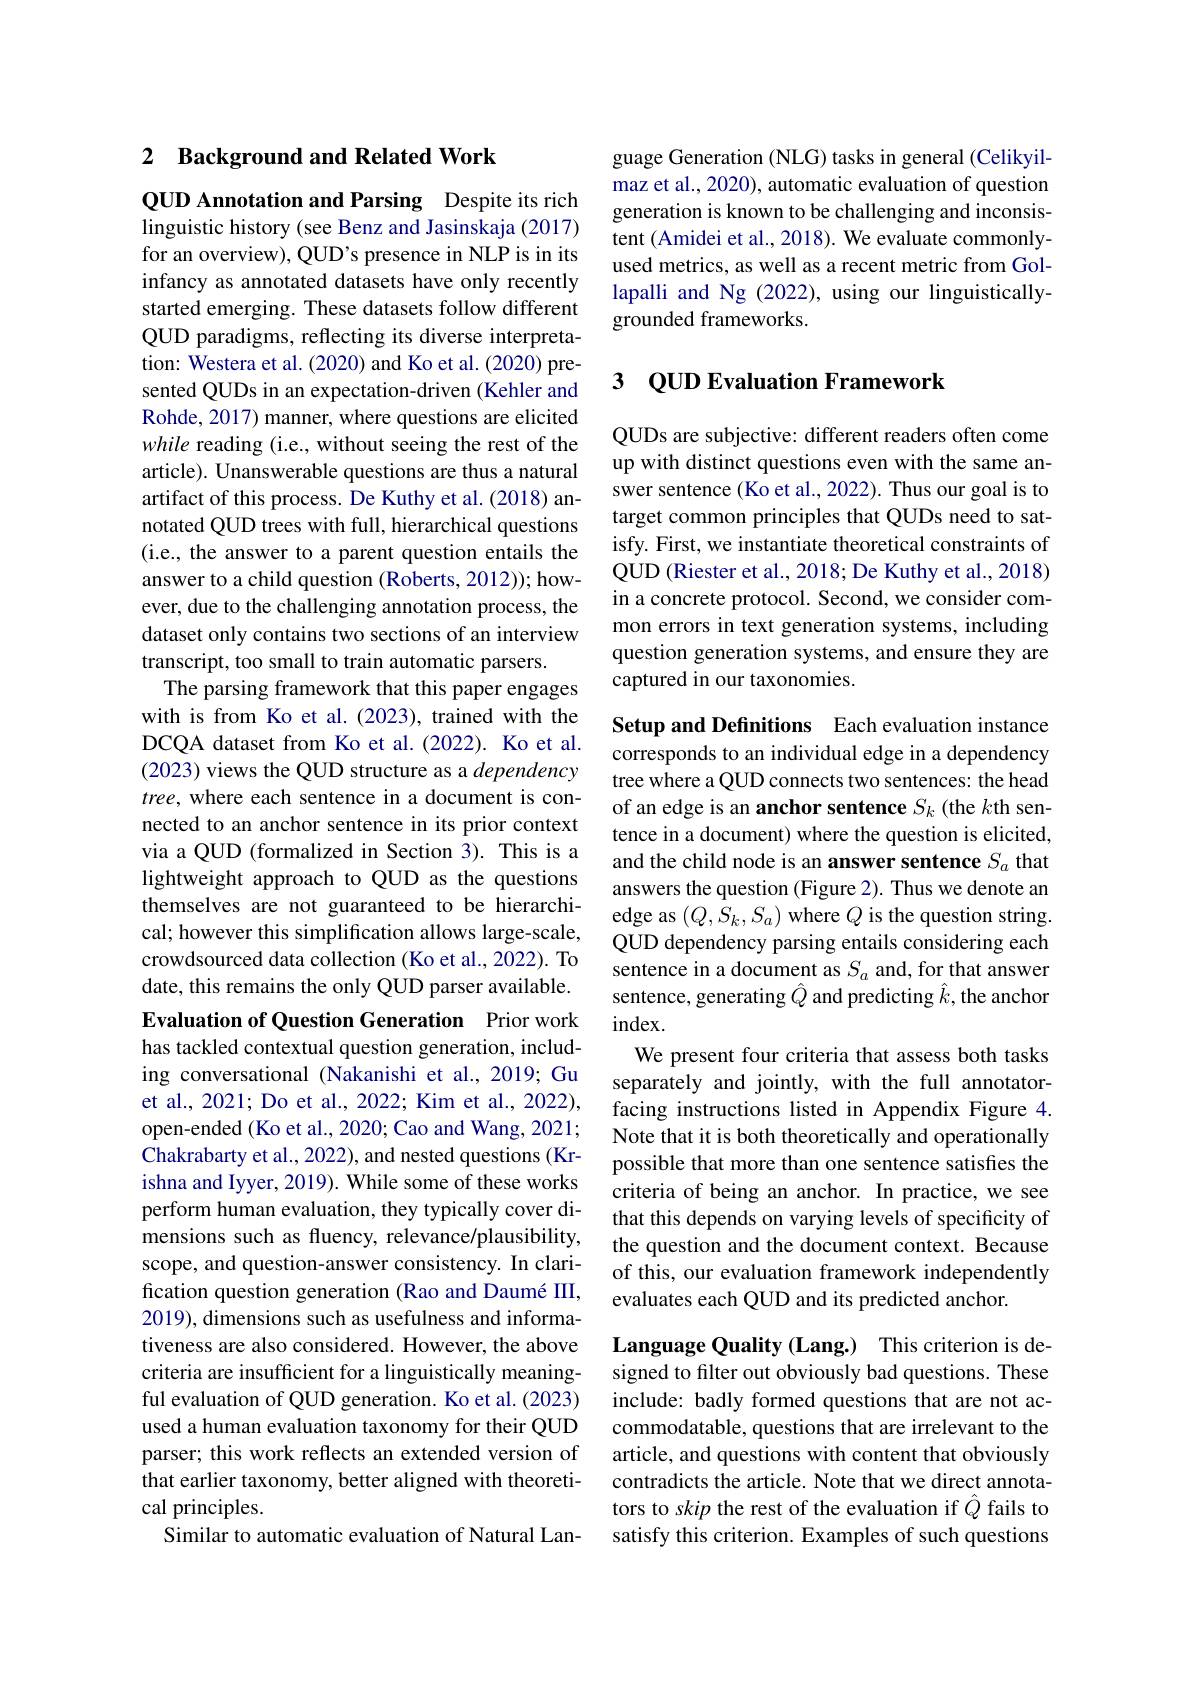
# 2 Background and Related Work

QUD Annotation and Parsing Despite its rich linguistic history (see Benz and Jasinskaja (2017) for an overview), QUD's presence in NLP is in its infancy as annotated datasets have only recently started emerging. These datasets follow different QUD paradigms, reflecting its diverse interpretation: Westera et al. (2020) and Ko et al. (2020) presented QUDs in an expectation-driven (Kehler and Rohde, 2017) manner, where questions are elicited while reading (i.e., without seeing the rest of the article). Unanswerable questions are thus a natural artifact of this process. De Kuthy et al. (2018) annotated QUD trees with full, hierarchical questions (i.e., the answer to a parent question entails the answer to a child question (Roberts, 2012)); however, due to the challenging annotation process, the dataset only contains two sections of an interview transcript, too small to train automatic parsers.
The parsing framework that this paper engages with is from Ko et al. (2023), trained with the DCQA dataset from Ko et al.(2022). Ko et al. (2023) views the QUD structure as a dependency tree, where each sentence in a document is connected to an anchor sentence in its prior context via a QUD (formalized in Section 3). This is a lightweight approach to QUD as the questions themselves are not guaranteed to be hierarchical; however this simplification allows large-scale, crowdsourced data collection (Ko et al., 2022). To date, this remains the only QUD parser available. Evaluation of Question Generation Prior work has tackled contextual question generation, including conversational (Nakanishi et al., 2019; Gu

et al., 2021; Do et al., 2022; Kim et al., 2022), open-ended (Ko et al., 2020; Cao and Wang, 2021; Chakrabarty et al., 2022), and nested questions (Krishna and Iyyer, 2019). While some of these works perform human evaluation, they typically cover dimensions such as fluency, relevance/plausibility, scope, and question-answer consistency. In clarification question generation (Rao and Daumé III, 2019), dimensions such as usefulness and informativeness are also considered. However, the above criteria are insufficient for a linguistically meaningful evaluation of QUD generation. Ko et al. (2023) used a human evaluation taxonomy for their QUD parser; this work reflects an extended version of that earlier taxonomy, better aligned with theoretical principles.
Similar to automatic evaluation of Natural Lan-

guage Generation (NLG) tasks in general (Celikyilmaz et al., 2020), automatic evaluation of question generation is known to be challenging and inconsistent (Amidei et al., 2018). We evaluate commonlyused metrics, as well as a recent metric from Gollapalli and Ng (2022), using our linguisticallygrounded frameworks.

### 3 QUDEvaluationFramework

QUDs are subjective: different readers often come up with distinct questions even with the same answer sentence (Ko et al., 2022). Thus our goal is to target common principles that QUDs need to satisfy. First, we instantiate theoretical constraints of QUD (Riester et al., 2018; De Kuthy et al., 2018) in a concrete protocol. Second, we consider common errors in text generation systems, including question generation systems, and ensure they are captured in our taxonomies.

Setup and Definitions Each evaluation instance corresponds to an individual edge in a dependency tree where a QUD connects two sentences: the head of an edge is an anchor sentence $S_k$ (the $k$th sentence in a document) where the question is elicited, and the child node is an answer sentence $S_a$ that answers the question (Figure 2). Thus we denote an edge as $(Q,S_k,S_a)$ where $Q$ is the question string. QUD dependency parsing entails considering each sentence in a document as $S_a$ and, for that answer sentence, generating $\hat{Q}$ and predicting $\hat{k}$,the anchor $index.$
We present four criteria that assess both tasks separately and jointly, with the full annotatorfacing instructions listed in Appendix Figure 4. Note that it is both theoretically and operationally possible that more than one sentence satisfies the criteria of being an anchor. In practice, we see that this depends on varying levels of specificity of the question and the document context. Because of this, our evaluation framework independently evaluates each QUD and its predicted anchor.

Language Quality (Lang.) This criterion is designed to filter out obviously bad questions. These include: badly formed questions that are not accommodatable, questions that are irrelevant to the article, and questions with content that obviously contradicts the article. Note that we direct annotators to skip the rest of the evaluation if $Q$ fails to satisfy this criterion. Examples of such questions